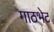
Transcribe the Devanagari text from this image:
गाठभेट